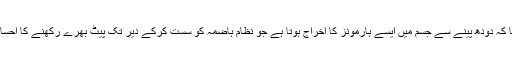
تحقیق میں بتایا گیا کہ دودھ پینے سے جسم میں ایسے ہارمونز کا اخراج ہوتا ہے جو نظام ہاضمہ کو سست کرکے دیر تک پیٹ بھرے رکھنے کا احساس پیدا کرتے ہیں۔